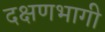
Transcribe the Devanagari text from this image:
दक्षणभागी